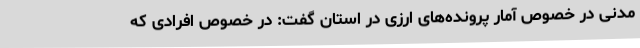
مدنی در خصوص آمار پرونده‌های ارزی در استان گفت: در خصوص افرادی که